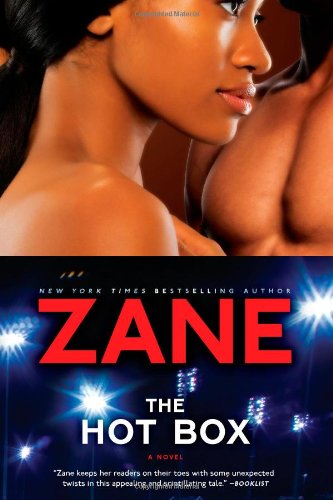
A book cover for The Hot Box: A Novel; Zane; Romance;